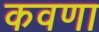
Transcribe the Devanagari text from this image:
कवणा